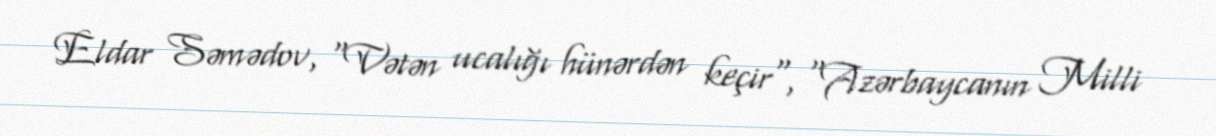
Eldar Səmədov, "Vətən ucalığı hünərdən keçir", "Azərbaycanın Milli